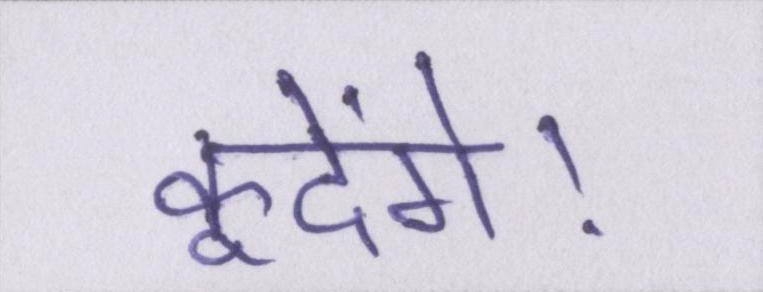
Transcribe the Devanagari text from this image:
कूदेंगे।